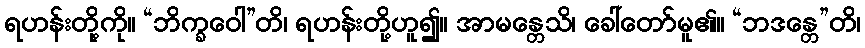
ရဟန်းတို့ကို။ “ဘိက္ခဝေါ”တိ၊ ရဟန်းတို့ဟူ၍။ အာမန္တေသိ၊ ခေါ်တော်မူ၏။ “ဘဒန္တေ”တိ၊